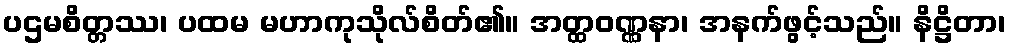
ပဌမစိတ္တဿ၊ ပထမ မဟာကုသိုလ်စိတ်၏။ အတ္ထဝဏ္ဏနာ၊ အနက်ဖွင့်သည်။ နိဋ္ဌိတာ၊